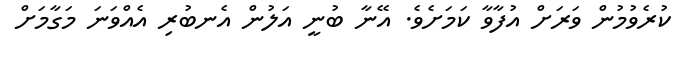
ކުރެވުމުން ވަރަށް އުފާވާ ކަމަށެވެ. އޭނާ ބުނީ އަލުން އެނބުރި އެއްވަނަ މަގާމަށް